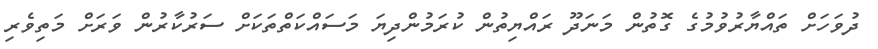
ދުވަހަށް ތައްޔާރުވުމުގެ ގޮތުން މަނަދޫ ރައްޔިތުން ކުރަމުންދިޔަ މަސައްކަތްތަކަށް ސަރުކާރުން ވަރަށް މަތިވެރި